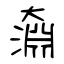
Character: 奫